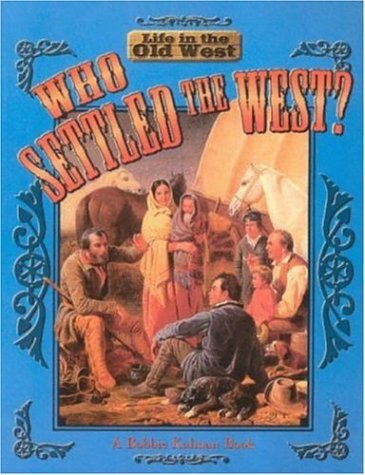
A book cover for Who Settled the West? (Life in the Old West); Bobbie Kamman; Children's Books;